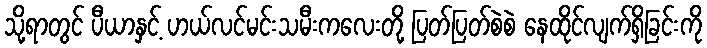
သို့ရာတွင် ပီယာနှင့် ဟယ်လင်မင်းသမီးကလေးတို့ ပြတ်ပြတ်စဲစဲ နေထိုင်လျက်ရှိခြင်းကို